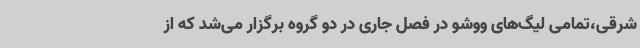
شرقی،تمامی لیگ‌های ووشو در فصل جاری در دو گروه برگزار می‌شد که از